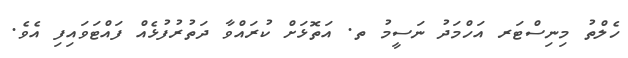
ހެލްތު މިނިސްޓަރ އަހްމަދު ނަސީމު ތ. އަތޮޅަށް ކުރައްވާ ދަތުރުފުޅެއް ފައްޓަވައިފި އެވެ.